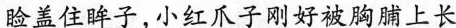
睑盖住眸子，小红爪子刚好被胸脯上长